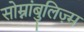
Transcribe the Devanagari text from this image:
सोम्नांबुलिज़्म